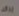
يراك